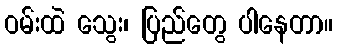
ဝမ်းထဲ သွေး၊ ပြည်တွေ ပါနေတာ။